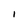
Character: i